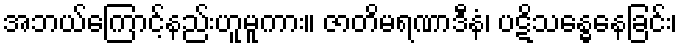
အဘယ်ကြောင့်နည်းဟူမူကား။ ဇာတိမရဏာဒီနံ၊ ပဋိသန္ဓေနေခြင်း၊